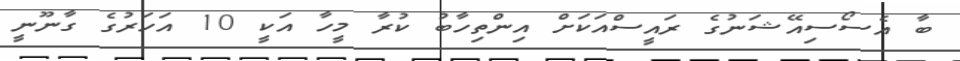
ބާ އެސޯސިއޭޝަނުގެ ރައީސްއަކަށް އިންތިހާބު ކުރާ މީހާ އަކީ 10 އަހަރުގެ ގާނޫނީ